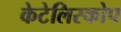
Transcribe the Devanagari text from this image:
केटेलिस्कोप